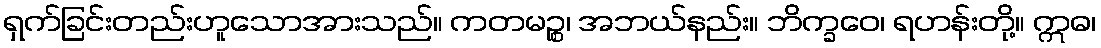
ရှက်ခြင်းတည်းဟူသောအားသည်။ ကတမဉ္စ၊ အဘယ်နည်း။ ဘိက္ခဝေ၊ ရဟန်းတို့။ ဣဓ၊